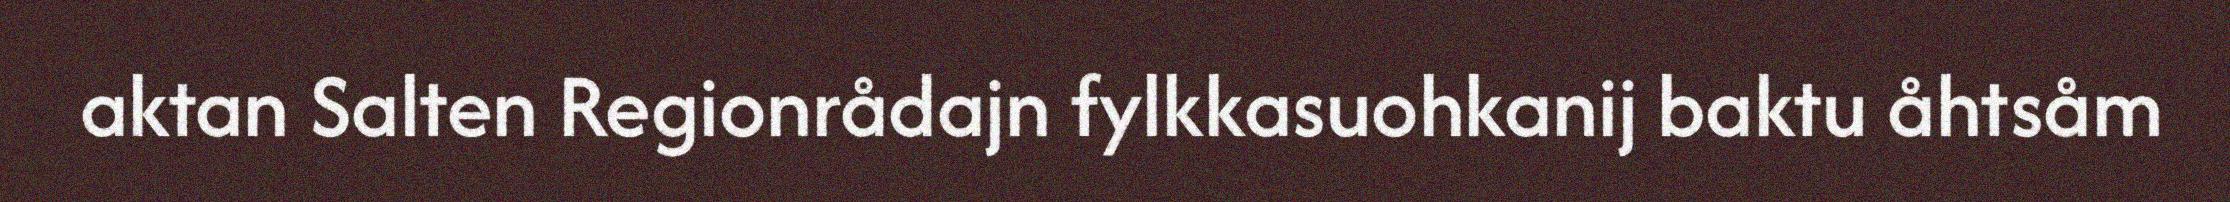
aktan Salten Regionrådajn fylkkasuohkanij baktu åhtsåm